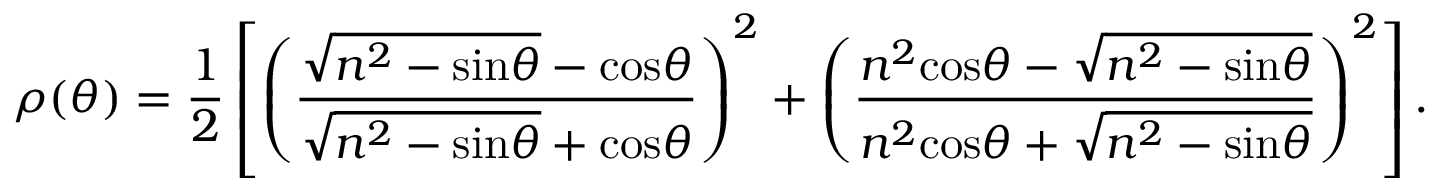
\rho ( \theta ) = \frac { 1 } { 2 } \left[ \left( \frac { \sqrt { n ^ { 2 } - \mathrm { s i n } \theta } - \mathrm { c o s } \theta } { \sqrt { n ^ { 2 } - \mathrm { s i n } \theta } + \mathrm { c o s } \theta } \right) ^ { 2 } + \left( \frac { n ^ { 2 } \mathrm { c o s } \theta - \sqrt { n ^ { 2 } - \mathrm { s i n } \theta } } { n ^ { 2 } \mathrm { c o s } \theta + \sqrt { n ^ { 2 } - \mathrm { s i n } \theta } } \right) ^ { 2 } \right] .